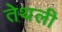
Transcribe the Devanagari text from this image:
तेथली